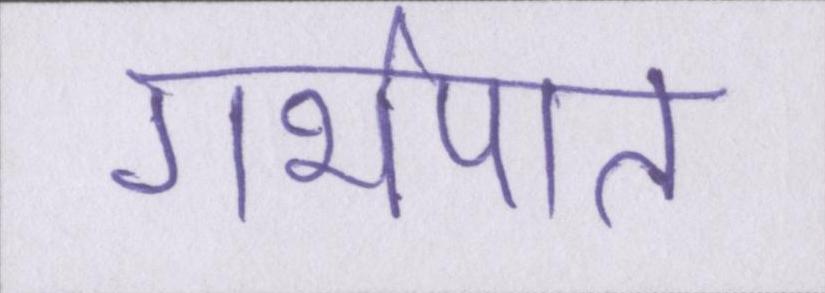
गर्भपात